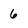
Character: 6